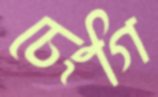
চেংগি